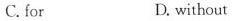
C.for D.without